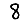
Digit: 8